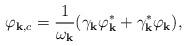
LaTeX: \begin{align*}\varphi_{{\bf k}, c} = \frac{1}{\omega_{\bf k}}( \gamma_{\bf k} \varphi_{\bf k}^*+ \gamma_{\bf k}^* \varphi_{\bf k} ),\end{align*}